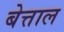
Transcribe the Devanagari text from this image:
बेत्ताल